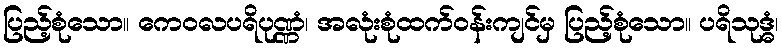
ပြည့်စုံသော။ ကေဝလပရိပုဏ္ဏံ၊ အလုံးစုံထက်ဝန်းကျင်မှ ပြည့်စုံသော။ ပရိသုဒ္ဓံ၊